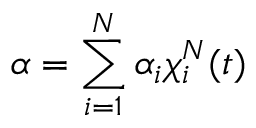
\alpha = \sum _ { i = 1 } ^ { N } \alpha _ { i } \chi _ { i } ^ { N } ( t )